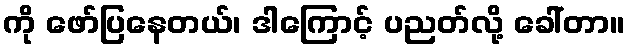
ကို ဖော်ပြနေတယ်၊ ဒါကြောင့် ပညတ်လို့ ခေါ်တာ။